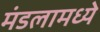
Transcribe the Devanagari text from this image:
मंडलामध्ये